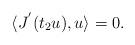
LaTeX: \begin{align*}\langle J^{'}(t_2u),u\rangle =0.\end{align*}